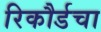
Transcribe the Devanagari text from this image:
रिकौर्डचा